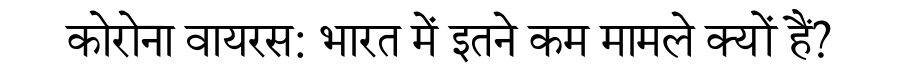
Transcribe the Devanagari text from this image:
कोरोना वायरस: भारत में इतने कम मामले क्यों हैं?